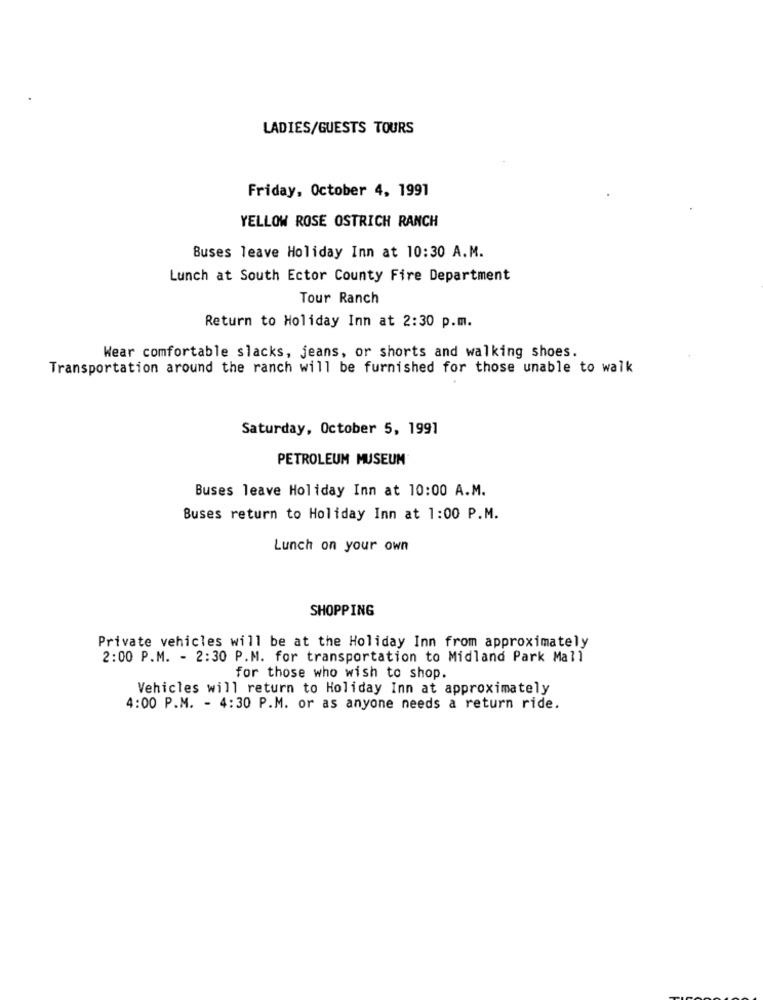
LADIES/GUESTS TOURS
Friday, October 4, 1991
YELLOW ROSE OSTRICH RANCH
Buses leave Holiday Inn at 10:30 A.M.
Lunch at South Ector County Fire Department
Tour Ranch
Return to Holiday Inn at 2:30 p.m.
Wear comfortable slacks, jeans, or shorts and walking shoes.
Transportation around the ranch will be furnished for those unable to walk
Saturday, October 5, 1991
PETROLEUM MUSEUM
Buses leave Holiday Inn at 10:00 A.M.
Buses return to Holiday Inn at 1:00 P.M.
Lunch on your own
SHOPPING
Private vehicles will be at the Holiday Inn from approximately
2:00 P.M. - 2:30 P.M. for transportation to Midland Park Mall
for those who wish to shop.
Vehicles will return to Holiday Inn at approximately
4:00 P.M. - 4:30 P.M. or as anyone needs a return ride.